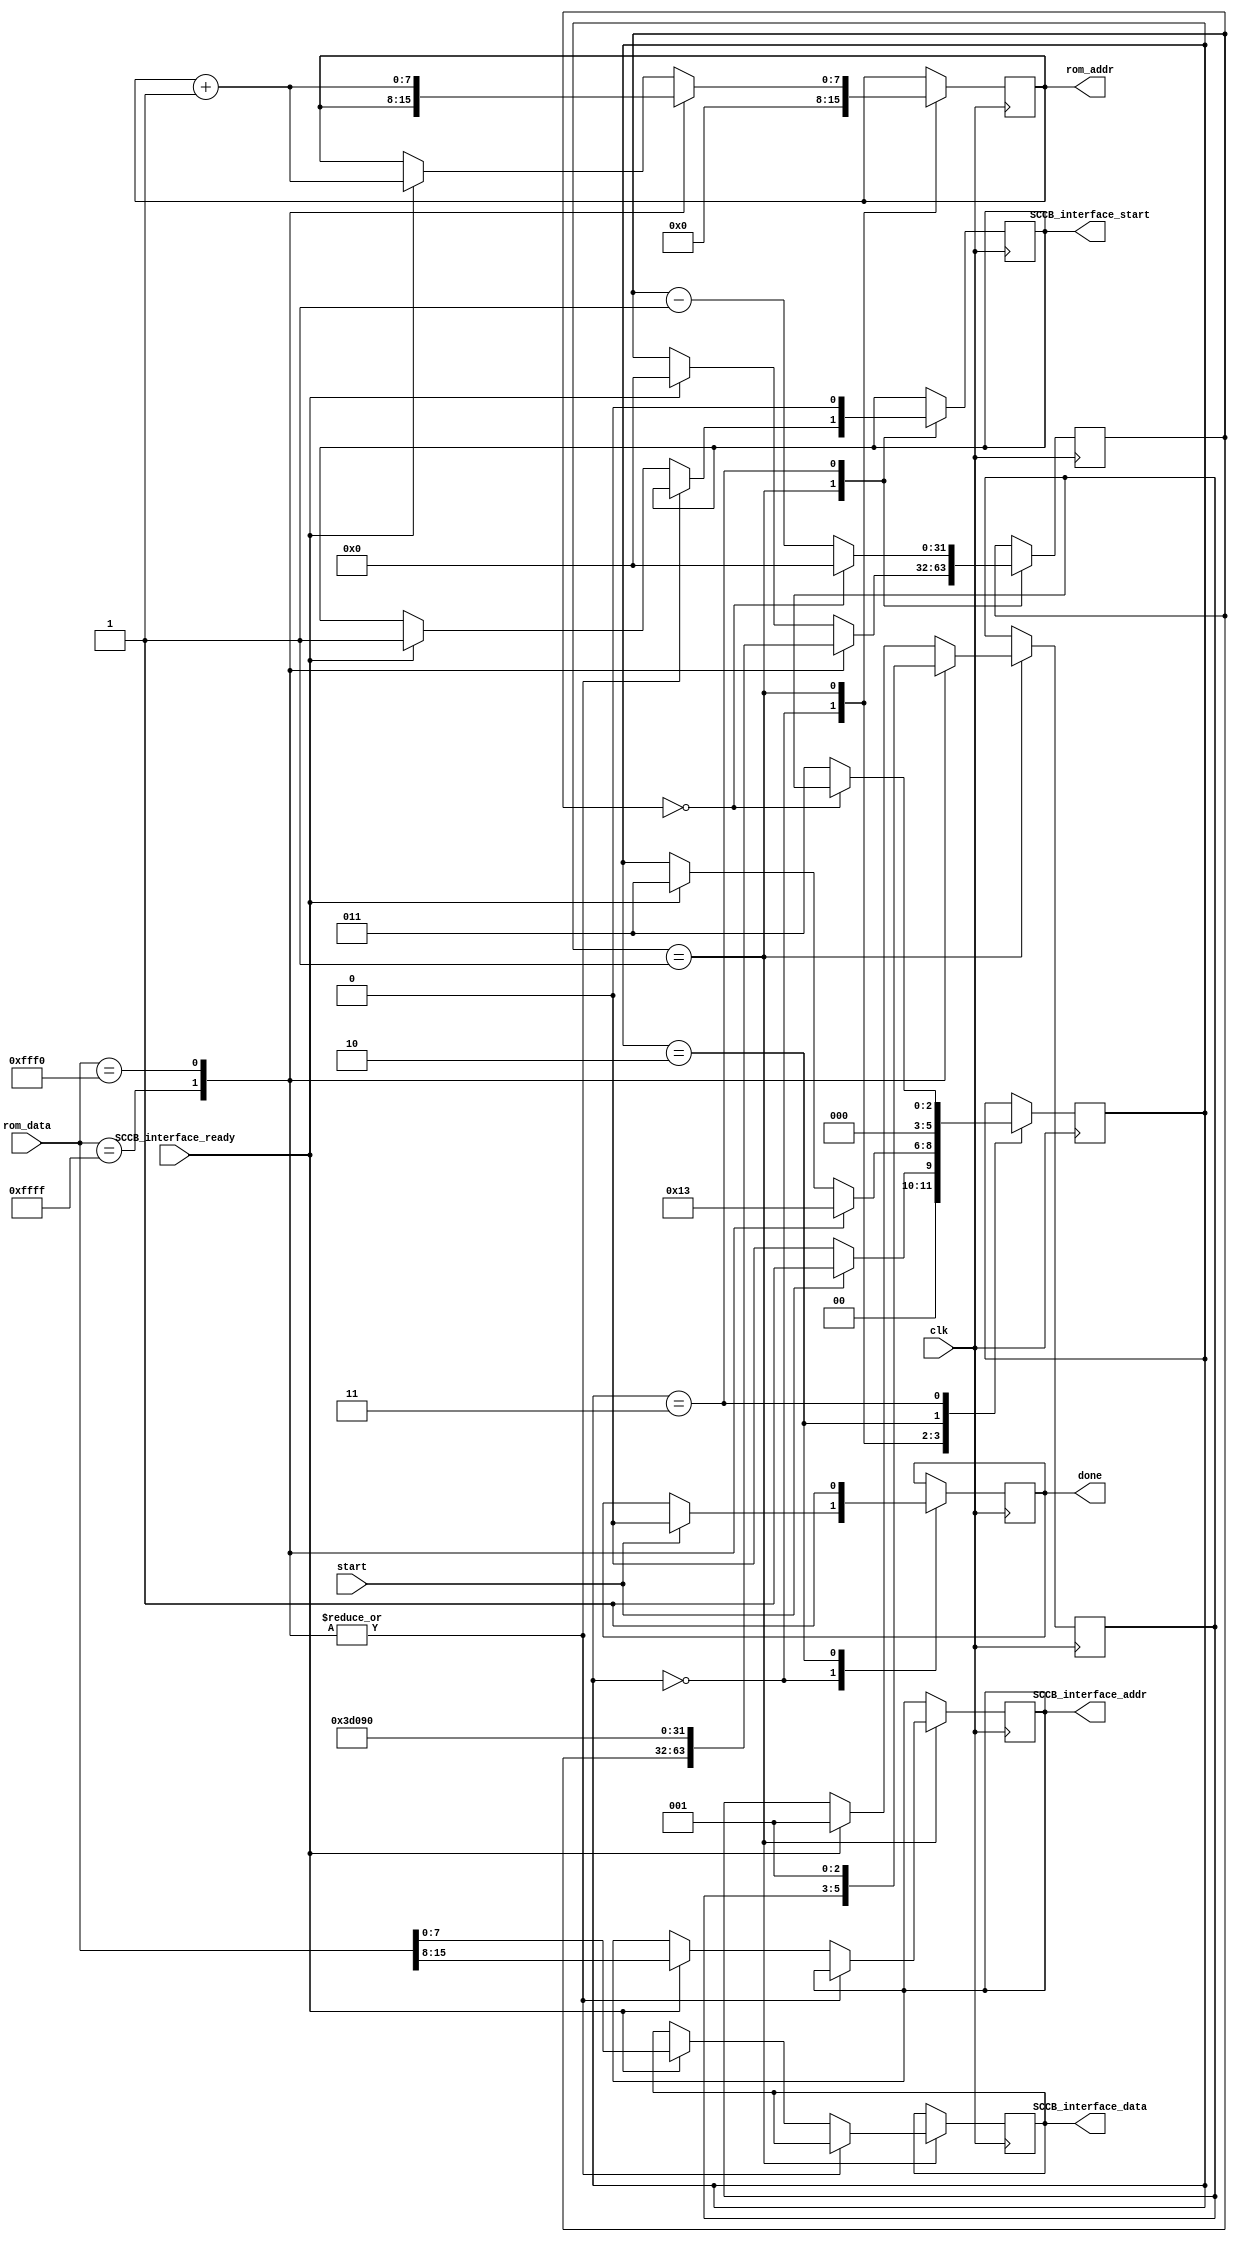
module OV7670_config
#(
    parameter CLK_FREQ = 25000000
)
(
    input wire clk,
    input wire SCCB_interface_ready,
    input wire [15:0] rom_data,
    input wire start,
    output reg [7:0] rom_addr,
    output reg done,
    output reg [7:0] SCCB_interface_addr,
    output reg [7:0] SCCB_interface_data,
    output reg SCCB_interface_start
    );
    
    initial begin
        rom_addr = 0;
        done = 0;
        SCCB_interface_addr = 0;
        SCCB_interface_data = 0;
        SCCB_interface_start = 0;
    end
    
    localparam FSM_IDLE = 0;
    localparam FSM_SEND_CMD = 1;
    localparam FSM_DONE = 2;
    localparam FSM_TIMER = 3;
    
    reg [2:0] FSM_state = FSM_IDLE;
    reg [2:0] FSM_return_state;
    reg [31:0] timer = 0; 
    
    always@(posedge clk) begin
    
        case(FSM_state)
            
            FSM_IDLE: begin 
                FSM_state <= start ? FSM_SEND_CMD : FSM_IDLE;
                rom_addr <= 0;
                done <= start ? 0 : done;
            end
            
            FSM_SEND_CMD: begin 
                case(rom_data)
                    16'hFFFF: begin //end of ROM
                        FSM_state <= FSM_DONE;
                    end
                    
                    16'hFFF0: begin //delay state 
                        timer <= (CLK_FREQ/100); //10 ms delay
                        FSM_state <= FSM_TIMER;
                        FSM_return_state <= FSM_SEND_CMD;
                        rom_addr <= rom_addr + 1;
                    end
                    
                    default: begin //normal rom commands
                        if (SCCB_interface_ready) begin
                            FSM_state <= FSM_TIMER;
                            FSM_return_state <= FSM_SEND_CMD;
                            timer <= 0; //one cycle delay gives ready chance to deassert
                            rom_addr <= rom_addr + 1;
                            SCCB_interface_addr <= rom_data[15:8];
                            SCCB_interface_data <= rom_data[7:0];
                            SCCB_interface_start <= 1;
                        end
                    end
                endcase
            end
                        
            FSM_DONE: begin //signal done 
                FSM_state <= FSM_IDLE;
                done <= 1;
            end
            
            FSM_TIMER: begin //count down and jump to next state
                FSM_state <= (timer == 0) ? FSM_return_state : FSM_TIMER;
                timer <= (timer==0) ? 0 : timer - 1;
                SCCB_interface_start <= 0;
            end
        endcase
    end
endmodule